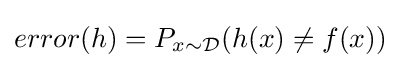
error(h)=P_{x\sim {\mathcal {D}}}(h(x)\neq f(x))